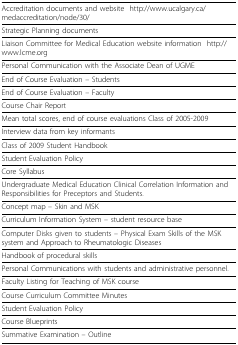
<table><thead><tr><td><b>Accreditation documents and website http://www.ucalgary.ca/medaccreditation/node/30/</b></td></tr></thead><tbody><tr><td>Strategic Planning documents</td></tr><tr><td>Liaison Committee for Medical Education website information http://www.lcme.org</td></tr><tr><td>Personal Communication with the Associate Dean of UGME</td></tr><tr><td>End of Course Evaluation - Students</td></tr><tr><td>End of Course Evaluation - Faculty</td></tr><tr><td>Course Chair Report</td></tr><tr><td>Mean total scores, end of course evaluations Class of 2005-2009</td></tr><tr><td>Interview data from key informants</td></tr><tr><td>Class of 2009 Student Handbook</td></tr><tr><td>Student Evaluation Policy</td></tr><tr><td>Core Syllabus</td></tr><tr><td>Undergraduate Medical Education Clinical Correlation Information and Responsibilities for Preceptors and Students.</td></tr><tr><td>Concept map - Skin and MSK</td></tr><tr><td>Curriculum Information System - student resource base</td></tr><tr><td>Computer Disks given to students - Physical Exam Skills of the MSK system and Approach to Rheumatologic Diseases</td></tr><tr><td>Handbook of procedural skills</td></tr><tr><td>Personal Communications with students and administrative personnel.</td></tr><tr><td>Faculty Listing for Teaching of MSK course</td></tr><tr><td>Course Curriculum Committee Minutes</td></tr><tr><td>Student Evaluation Policy</td></tr><tr><td>Course Blueprints</td></tr><tr><td>Summative Examination - Outline</td></tr></tbody></table>